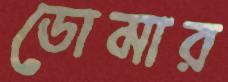
ডোমার